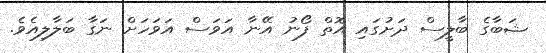
ޝަބާގެ ބާލީސް ދަށުގައި އޮތް ފޯނު އޭނާ އަވަސް އަވަހަށް ނަގާ ބަލާލިއެވެ.